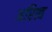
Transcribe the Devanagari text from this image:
अरित्व